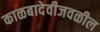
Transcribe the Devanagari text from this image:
काळबादेवीजवळील